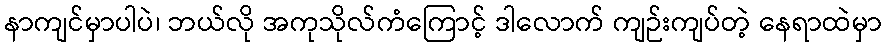
နာကျင်မှာပါပဲ၊ ဘယ်လို အကုသိုလ်ကံကြောင့် ဒါလောက် ကျဉ်းကျပ်တဲ့ နေရာထဲမှာ